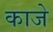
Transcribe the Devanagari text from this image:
काजे